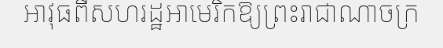
អាវុធពីសហរដ្ឋអាមេរិកឱ្យព្រះរាជាណាចក្រ